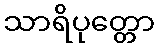
သာရိပုတ္တော